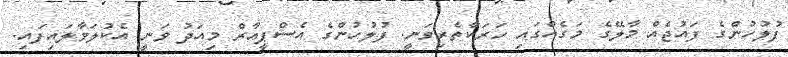
ފުލުހުންގެ ފައުޖެއް މާލޭގެ މަގެއްގައި ހަރަކާތެރިވަނީ. ފުލުހުންގެ އެސްޕީއާރް މިއަދު ވަނީ އެކުލަވާލައިފައި.